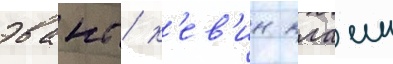
эванс / к'ев'ин клаин